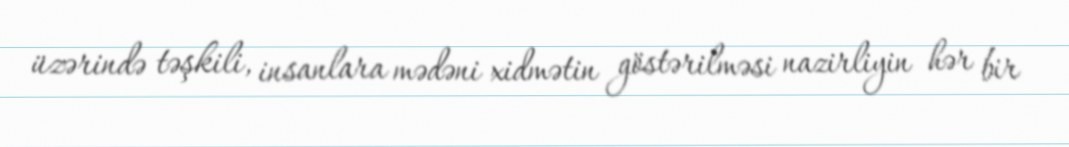
üzərində təşkili, insanlara mədəni xidmətin göstərilməsi nazirliyin hər bir